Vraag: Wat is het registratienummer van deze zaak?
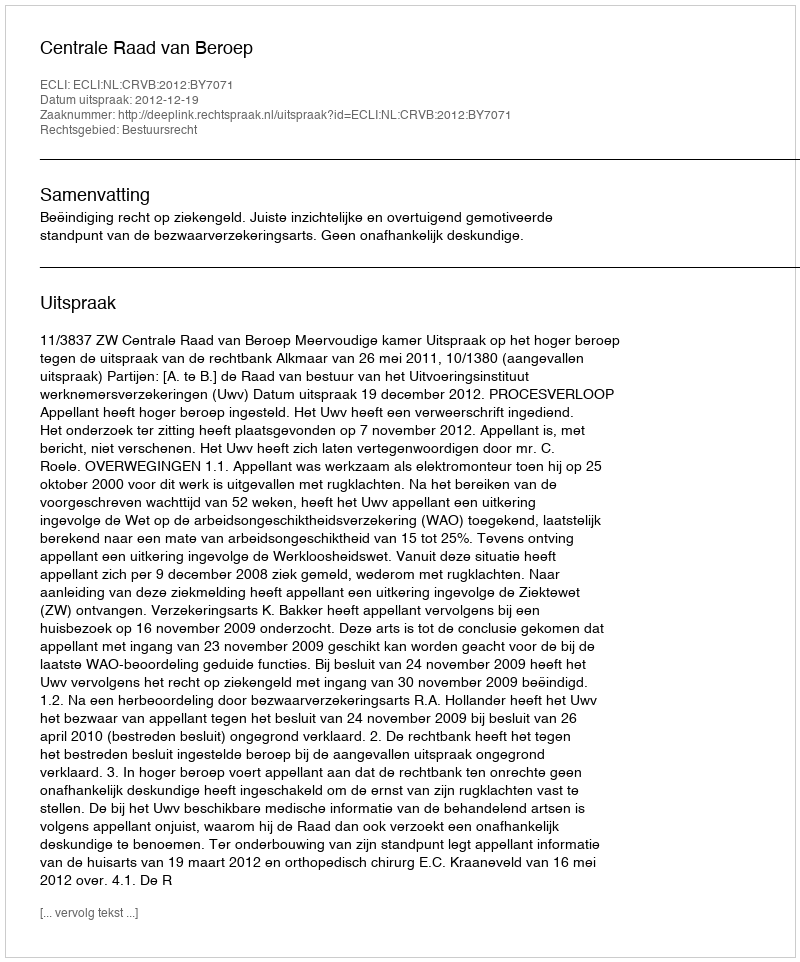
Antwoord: http://deeplink.rechtspraak.nl/uitspraak?id=ECLI:NL:CRVB:2012:BY7071